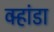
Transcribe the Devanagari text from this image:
वर्‍हांडा